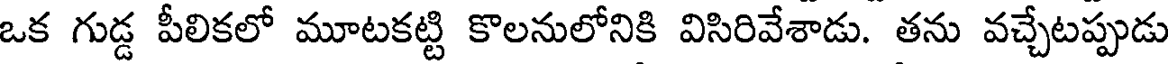
ఒక గుడ్డ పీలికలో మూటకట్టి కొలనులోనికి విసిరివేశాడు. తను వచ్చేటప్పుడు